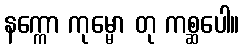
နက္ကော ကုမ္မော တု ကစ္ဆပေါ။